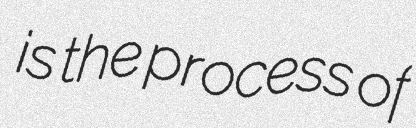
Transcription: is the process of